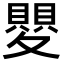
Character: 𭐯